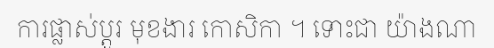
ការផ្លាស់ប្តូរ មុខងារ កោសិកា ។ ទោះជា យ៉ាងណា